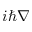
- i \hbar \nabla